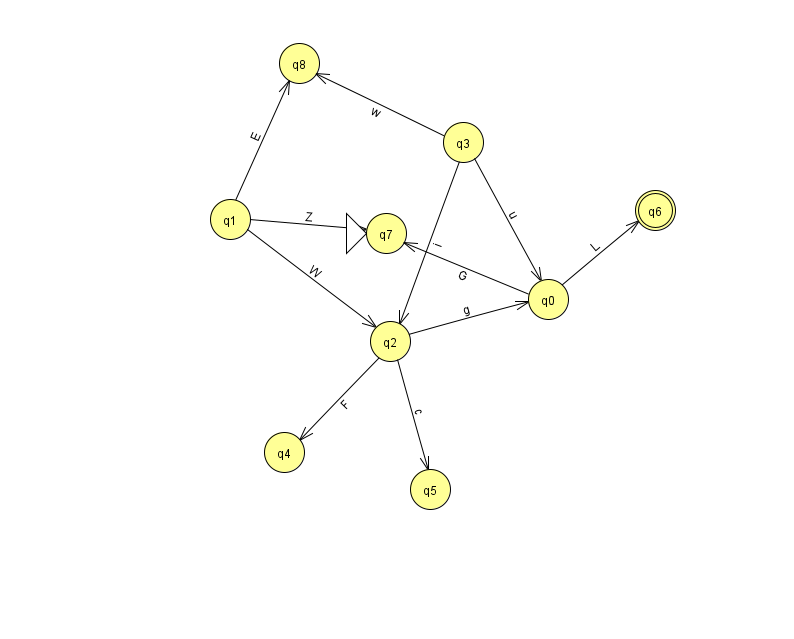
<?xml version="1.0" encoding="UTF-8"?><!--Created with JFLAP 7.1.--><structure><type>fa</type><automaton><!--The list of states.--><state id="0" name="q0"><x>548.0</x><y>286.0</y></state><state id="1" name="q1"><x>230.0</x><y>206.0</y></state><state id="2" name="q2"><x>390.0</x><y>328.0</y></state><state id="3" name="q3"><x>463.0</x><y>129.0</y></state><state id="4" name="q4"><x>284.0</x><y>439.0</y></state><state id="5" name="q5"><x>430.0</x><y>476.0</y></state><state id="6" name="q6"><x>655.0</x><y>197.0</y><final/></state><state id="7" name="q7"><x>386.0</x><y>220.0</y><initial/></state><state id="8" name="q8"><x>299.0</x><y>50.0</y></state><!--The list of transitions.--><transition><from>1</from><to>2</to><read>W</read></transition><transition><from>1</from><to>7</to><read>Z</read></transition><transition><from>2</from><to>4</to><read>F</read></transition><transition><from>3</from><to>0</to><read>u</read></transition><transition><from>1</from><to>8</to><read>E</read></transition><transition><from>3</from><to>8</to><read>w</read></transition><transition><from>2</from><to>0</to><read>g</read></transition><transition><from>2</from><to>5</to><read>c</read></transition><transition><from>0</from><to>7</to><read>G</read></transition><transition><from>0</from><to>6</to><read>L</read></transition><transition><from>3</from><to>2</to><read>i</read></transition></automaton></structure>